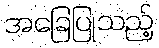
အခြေပြုသည့်